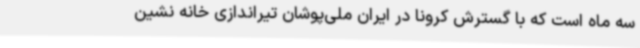
سه ماه است که با گسترش کرونا در ایران ملی‌پوشان تیراندازی خانه نشین